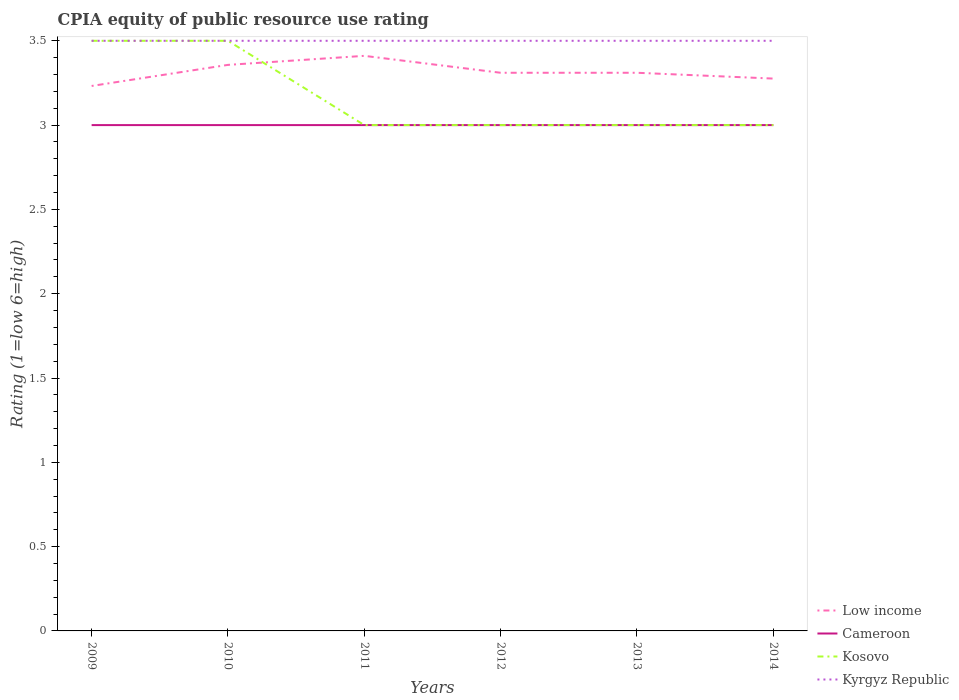
| Years | Low income | Cameroon | Kosovo | Kyrgyz Republic |
 | --- | --- | --- | --- | --- |
 | 2009 | 3.23 | 3 | 3.5 | 3.5 |
 | 2010 | 3.36 | 3 | 3.5 | 3.5 |
 | 2011 | 3.41 | 3 | 3 | 3.5 |
 | 2012 | 3.31 | 3 | 3 | 3.5 |
 | 2013 | 3.31 | 3 | 3 | 3.5 |
 | 2014 | 3.28 | 3 | 3 | 3.5 |